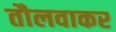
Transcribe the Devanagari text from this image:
तौलवाकर